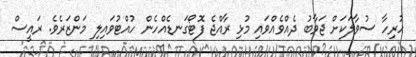
ހުރިހާ ސުވާލަކަށް ޖަވާބު ދެއްވެއްވައި މުޅި ރާއްޖެ ފޮޓޯގަނޑެއްހެން ހުއްޓުވައިލި މަންޒަރެވެ. ރައީސް